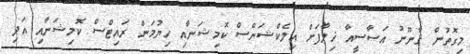
މިގޮތުން ޤާނޫނު އަސާސީއާ ޚިލާފަށް އިލެކްޝަންސް ކޮމިޝަނާއި ހިޔުމަން ރައިޓްސް ކޮމިޝަނާއި އަދި